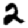
Digit: 2